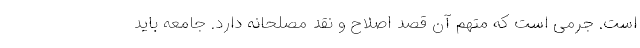
است. جرمی است که متهم آن قصد اصلاح و نقد مصلحانه دارد. جامعه باید